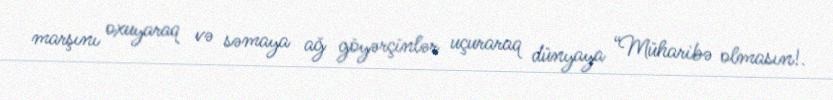
marşını oxuyaraq və səmaya ağ göyərçinlər uçuraraq dünyaya “Müharibə olmasın!.